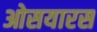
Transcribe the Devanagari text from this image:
ओसयारस